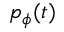
p _ { \phi } ( t )